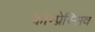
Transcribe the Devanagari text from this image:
कोम्प्रेस्सिव